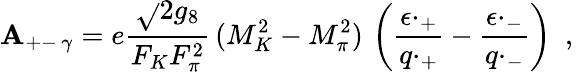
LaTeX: \left.{\cal\mathbf{A}}_{+-\, \gamma}=e\frac{{\sqrt{}{{2}}g_{8}}}{{F_{K}F_{\pi}^{2}}}\, (M_{K}^{2}-M_{\pi}^{2})\, \left(\frac{{\epsilon\cdotp_{+}}}{{q\cdotp_{+}}}-\frac{{\epsilon\cdotp_{-}}}{{q\cdotp_{-}}}\right)\ \ ,\right.